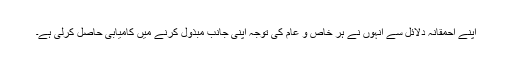
اپنے احمقانہ دلائل سے انہوں نے ہر خاص و عام کی توجہ اپنی جانب مبذول کرنے میں کامیابی حاصل کرلی ہے۔